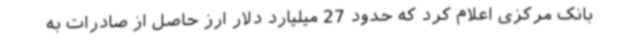
بانک مرکزی اعلام کرد که حدود 27 میلیارد دلار ارز حاصل از صادرات به